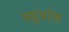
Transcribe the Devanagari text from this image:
वसुंधरेस